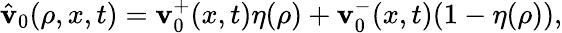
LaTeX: \begin{array}{r}{\hat{\mathbf{v}}_{0}(\rho,x,t)=\mathbf{v}_{0}^{+}(x,t)\eta(\rho)+\mathbf{v}_{0}^{-}(x,t)(1-\eta(\rho)),}\end{array}